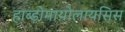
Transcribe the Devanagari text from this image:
हाब्ड़ोमायोलायसिस